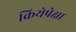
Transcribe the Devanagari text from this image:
क्रियेपेक्षा